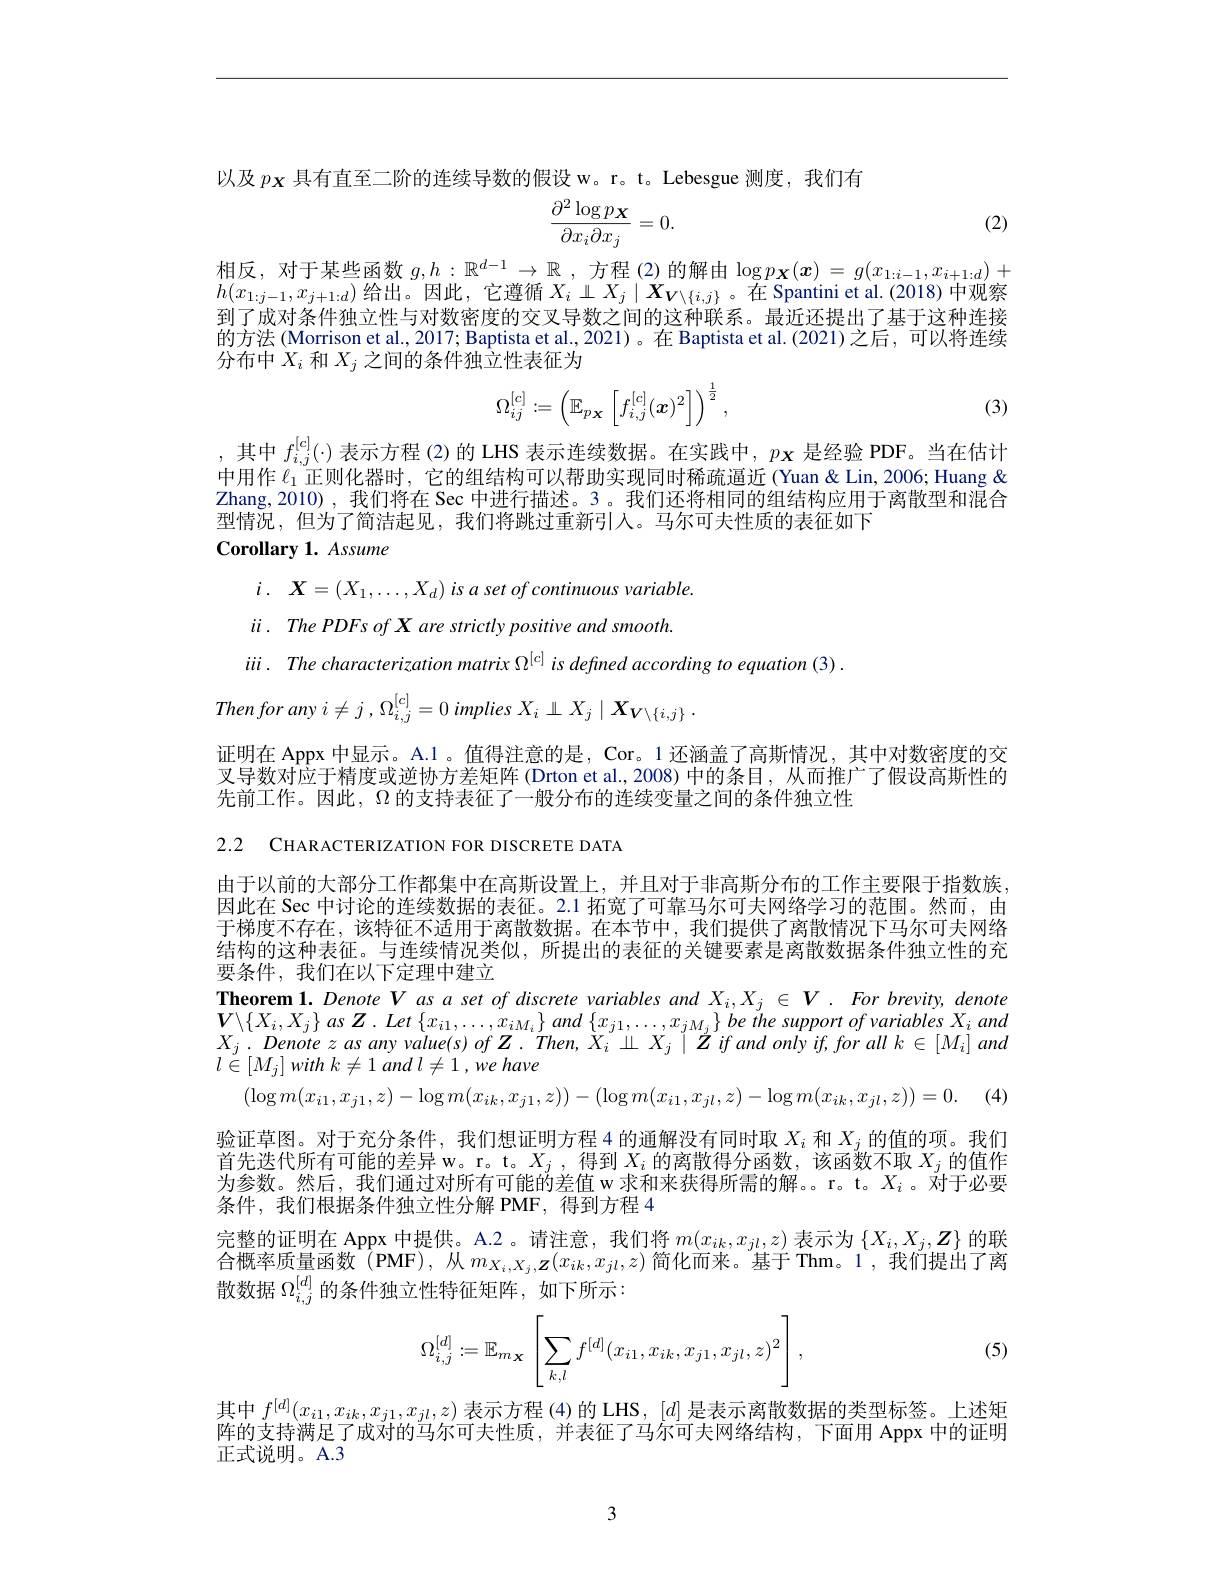
以及$p_{\boldsymbol{X}}$具有直至二阶的连续导数的假设 w。r。t。Lebesgue 测度，我们有

(2)
$$\begin{aligned}\frac{\partial^2\log px}{\partial x_i\partial x_j}=0.\end{aligned}$$
相反，对于某些函数 $g,h:\mathbb{R}^{d-1}\to\mathbb{R}$ ,方程 (2)的解由$\log p_{\boldsymbol{X}}(\boldsymbol{x})=g(x_{1:i-1},x_{i+1:d})+$ $h(x_{1:j-1},x_{j+1:d})$给出。因此，它遵循$X_i\perp X_j\mid X_{V\setminus\{i,j\}}$。在 Spantini et al.(2018)中观察到了成对条件独立性与对数密度的交叉导数之间的这种联系。最近还提出了基于这种连接的方法 (Morrison et al., 2017; Baptista et al., 2021)。在 Baptista et al.(2021)之后，可以将连续分布中$X_i$和$X_j$之间的条件独立性表征为
$$\Omega_{ij}^{[c]}:=\left(\mathbb{E}_{p_{\boldsymbol{X}}}\left[f_{i,j}^{[c]}(\boldsymbol{x})^2\right]\right)^{\frac{1}{2}},$$
(3)

,其中$f_{i,j}^{[\mathrm{c}]}(\cdot)$表示方程 (2)的 LHS 表示连续数据。在实践中，$p_{\mathbf{X}}$是经验 PDF。当在估计中用作$\ell_1$正则化器时，它的组结构可以帮助实现同时稀疏逼近 (Yuan & Lin, 2006; Huang & Zhang,2010) ,我们将在 Sec 中进行描述。3。我们还将相同的组结构应用于离散型和混合型情况，但为了简洁起见，我们将跳过重新引入。马尔可夫性质的表征如下
Corollary 1. Assume

$i.$ $\boldsymbol{X}= ( X_1, \ldots , X_d) \textit{ is a set of continuous variable. }$

$\ddot{u} .$ $ThePDFs\textit{of X are strictly positive and smooth. }$

$iii.$ Thecharacterization matrix $\Omega^{[\mathrm{c}]}$ is defned according to equation (3).

Then for any $i\neq j$ , $\Omega_i,j^{[c]}=0$ implies $X_i\perp X_j\mid X_{V\setminus\{i,j\}}.$

证明在 Appx 中显示。A.1 。值得注意的是，Cor。1 还涵盖了高斯情况，其中对数密度的交

叉导数对应于精度或逆协方差矩阵 (Drton et al.,2008) 中的条目，从而推广了假设高斯性的

先前工作。因此，$\Omega$的支持表征了一般分布的连续变量之间的条件独立性

2.2 CHARACTERIZATION FOR DISCRETE DATA
由于以前的大部分工作都集中在高斯设置上，并且对于非高斯分布的工作主要限于指数族， 因此在 Sec 中讨论的连续数据的表征。2.1 拓宽了可靠马尔可夫网络学习的范围。然而，由于梯度不存在，该特征不适用于离散数据。在本节中，我们提供了离散情况下马尔可夫网络结构的这种表征。与连续情况类似，所提出的表征的关键要素是离散数据条件独立性的充要条件，我们在以下定理中建立
Theorem $1. \textit{Denote V as a set of discrete variables and }X_{i}, X_{j}\in V. \textit{For brevity, denote}$ $\boldsymbol{V}\backslash\{X_{i},X_{j}\}$ as $\boldsymbol{Z}.$ Let $\{x_i1,\ldots,x_{iM_{i}}\}$ and $\{x_{j1},\ldots,x_{jM_{j}}\}$ be the support of variables $X_i$ and $X_{j}.$ Denote $z$ as any value(s) of Z. Then, $X_i\amalg X_{j}\mid Z$ if and only if, for all $k\in[M_{i}]$ and $l\overset {^{\prime }}{\operatorname* { \in } }[ M_{j}]$ with $k\neq 1$ and $l\neq 1$ $, we$ have
$$(\log m(x_{i1},x_{j1},z)-\log m(x_{ik},x_{j1},z))-(\log m(x_{i1},x_{jl},z)-\log m(x_{ik},x_{jl},z))=0$$
(4
验证草图。对于充分条件，我们想证明方程 4 的通解没有同时取$X_i$和$X_j$的值的项。我们首先迭代所有可能的差异 w。r。t。$X_j$,得到$X_i$的离散得分函数，该函数不取$X_j$的值作为参数。然后，我们通过对所有可能的差值 w 求和来获得所需的解。r。t。$X_i$。对于必要条件，我们根据条件独立性分解 PMF,得到方程 4
完整的证明在 Appx 中提供。A.2 。请注意，我们将$m(x_{ik},x_{jl},z)$表示为$\{X_i,X_j,\boldsymbol{Z}\}$的联合概率质量函数 (PMF), 从$m_{X_i,X_j,\boldsymbol{Z}}(x_{ik},x_{jl},z)$简化而来。基于 Thm。1,我们提出了离散数据$\Omega_{i,j}^{[d]}$的条件独立性特征矩阵，如下所示：
$$\Omega_{i,j}^{[d]}:=\mathbb{E}_{m_{X}}\left[\sum_{k,l}f^{[d]}(x_{i1},x_{ik},x_{j1},x_{jl},z)^2\right],$$
(5)

其中$f^{[d]}(x_{i1},x_{ik},x_{j1},x_{jl},z)$表示方程 (4)的 LHS, $[d]$是表示离散数据的类型标签。上述矩阵的支持满足了成对的马尔可夫性质，并表征了马尔可夫网络结构，下面用 Appx 中的证明正式说明。A.3

3